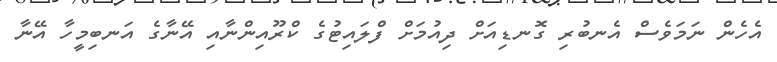
އެހެން ނަމަވެސް އެނބުރި ގޮނޑިއަށް ދިއުމަށް ފްލައިޓުގެ ކްރޫއިންނާއި އޭނާގެ އަނބިމީހާ އޭނާ